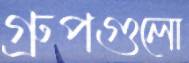
গ্রুপগুলো